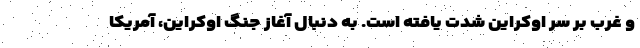
و غرب بر سر اوکراین شدت یافته است. به دنبال آغاز جنگ اوکراین، آمریکا